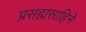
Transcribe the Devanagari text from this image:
प्रसह्यसाहिने